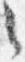
々